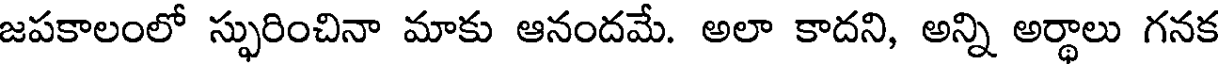
జపకాలంలో స్ఫురించినా మాకు ఆనందమే. అలా కాదని, అన్ని అర్థాలు గనక